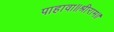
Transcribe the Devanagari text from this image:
पाहावा॥श्रीराम॥